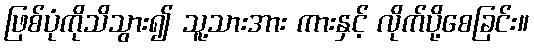
ဖြစ်ပုံကိုသိသွား၍ သူ့သားအား ကားနှင့် လိုက်ပို့စေခြင်း။